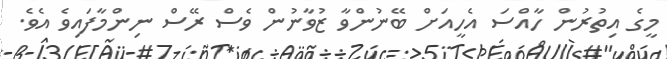
މީގެ އިތުރުން ހާއްސަ އެހީއަށް ބޭނުންވާ ޒުވާނުން ވެސް ރޭސް ނިންމާފައިވެ އެވެ.